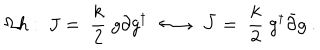
LaTeX: \Omega h : \ J = \; \frac { k } { 2 } \; g \partial g ^ { \dagger } \; \; { \longleftrightarrow } \; \; { \bar { J } } = \; \frac { k } { 2 } \; g ^ { \dagger } { \bar { \partial } } g \ .